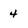
Character: 4